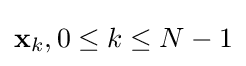
{\bf {x}}_{k},0\leq k\leq N-1